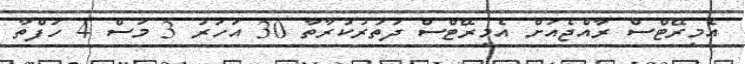
އެމިރޭޓްސް ރާއްޖެއަށް އެމިރޭޓްސް ދަތުރުކުރާތާ 30 އަހަރު 3 މަސް 4 ހަފްތާ